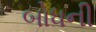
બોધની